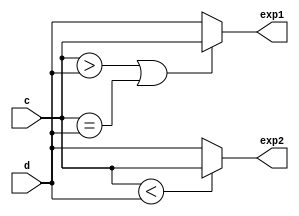
//compares the two exponent values and assigns highest value to the exp1 and the lowest to exp2
module comparator(exp1,exp2,c,d);
input [7:0] c,d;
output [7:0] exp1,exp2;
assign exp1=(c>d) || (c==d) ? c:d;
assign exp2=(c<d)?c:d;
endmodule